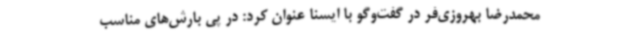
محمدرضا بهروزی‌فر در گفت‌وگو با ایسنا عنوان کرد: در پی بارش‌های مناسب